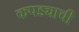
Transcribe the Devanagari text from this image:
कपड्याची